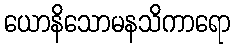
ယောနိသောမနသိကာရော